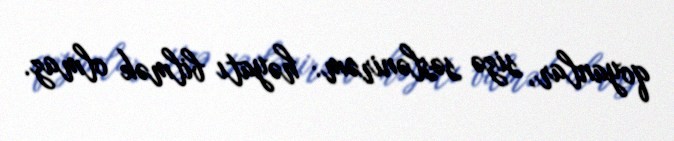
qoyanlar, sizə səslənirəm: həyatı bilmək olmaz.